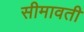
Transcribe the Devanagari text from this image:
सीमावती